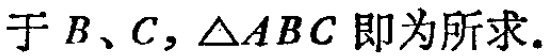
于 \(B、C\)，\(\triangle ABC\) 即为所求.